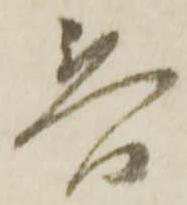
春